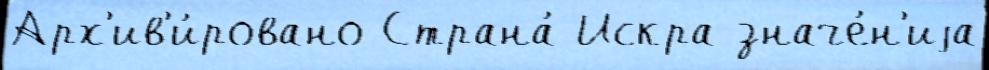
Арх'ив'и́ровано Страна́ Искра значе́н'иjа